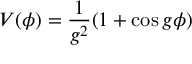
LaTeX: V ( \phi ) = \frac { 1 } { g ^ { 2 } } ( 1 + \cos g \phi )